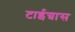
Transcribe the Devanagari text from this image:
टाईग्रास